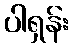
ပါရှန်း